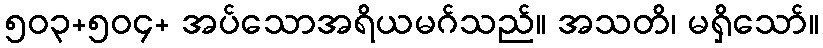
၅၀၃+၅၀၄+ အပ်သောအရိယမဂ်သည်။ အသတိ၊ မရှိသော်။